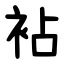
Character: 袩